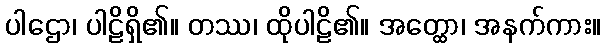
ပါဌော၊ ပါဠိရှိ၏။ တဿ၊ ထိုပါဠိ၏။ အတ္ထော၊ အနက်ကား။